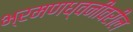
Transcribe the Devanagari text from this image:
भ्रमणध्वनीवरील